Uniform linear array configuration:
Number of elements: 32
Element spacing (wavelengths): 0.75
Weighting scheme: blackman
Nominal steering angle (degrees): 0
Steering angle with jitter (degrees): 1.837
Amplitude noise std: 0.05
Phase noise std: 0.05

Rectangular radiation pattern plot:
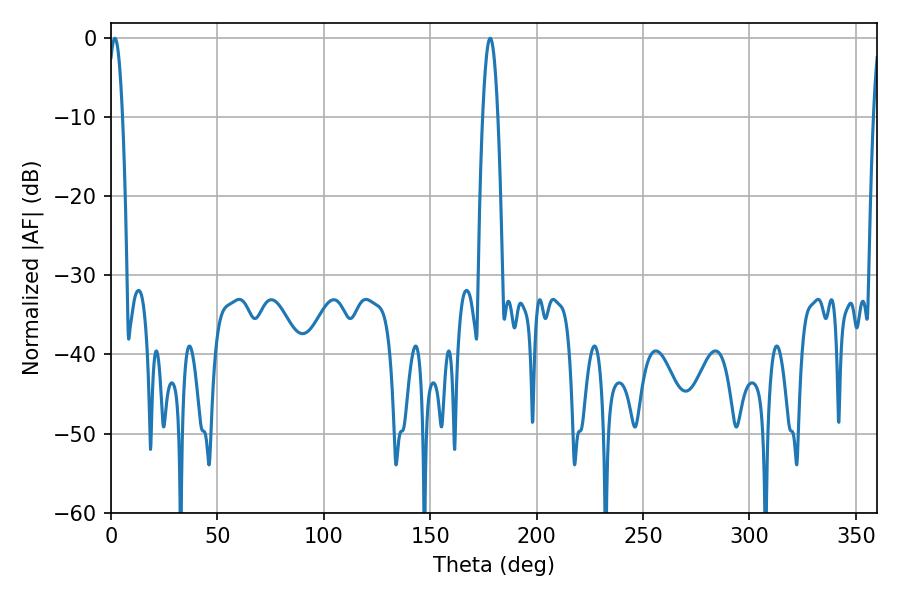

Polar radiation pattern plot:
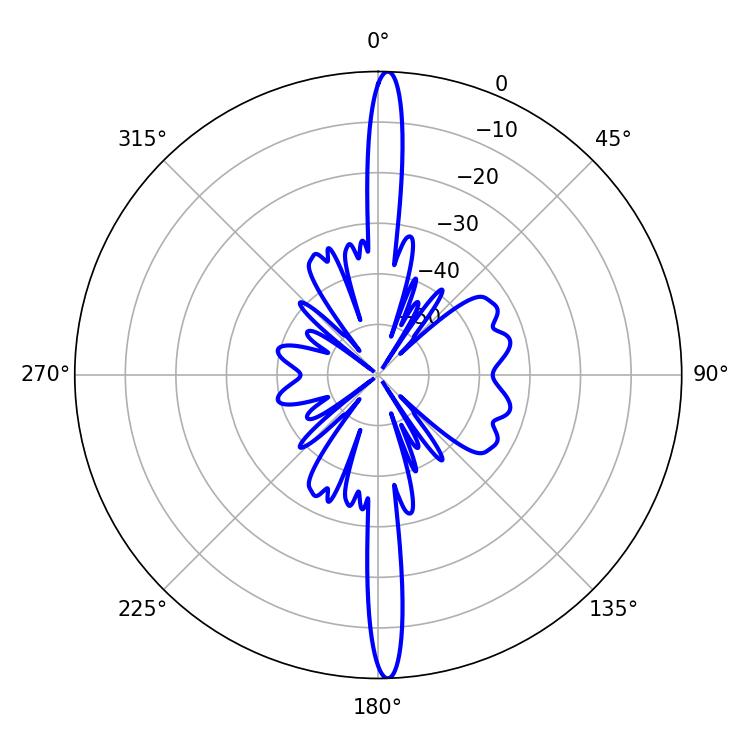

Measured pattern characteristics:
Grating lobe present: TRUE
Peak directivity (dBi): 25.992
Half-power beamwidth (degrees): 3.96
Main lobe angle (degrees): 178.2